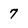
Character: 7